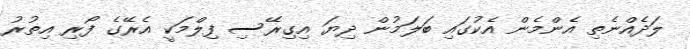
ލަދެއްނެތި އެންމެން އެކުގައި ބަލަމުން ދިޔަ އިގިރޭސި ފިލްމަކީ އެރޭގެ ފޯރި އިތުރު